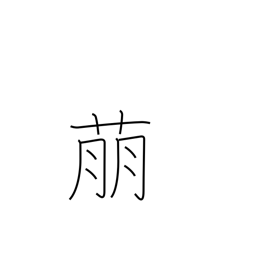
Meaning: show symptoms of